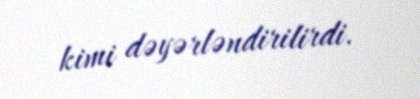
kimi dəyərləndirilirdi.